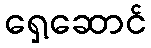
ရှေ့ဆောင်